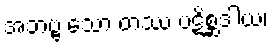
အဘဗ္ဗ သော တဿ ပဋိစ္ဆဒါယ၊